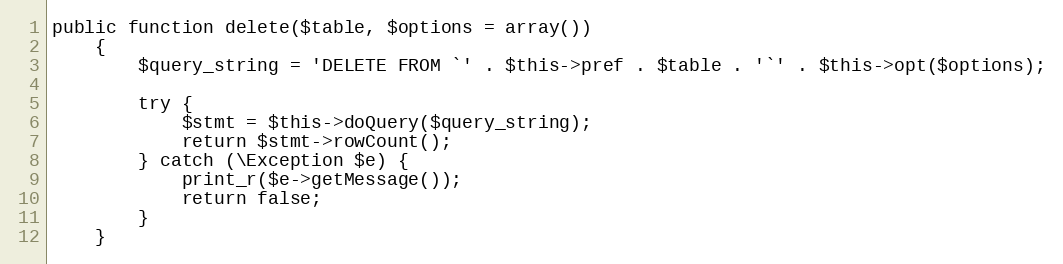
Language: PHP
public function delete($table, $options = array())
    {
        $query_string = 'DELETE FROM `' . $this->pref . $table . '`' . $this->opt($options);

        try {
            $stmt = $this->doQuery($query_string);
            return $stmt->rowCount();
        } catch (\Exception $e) {
            print_r($e->getMessage());
            return false;
        }
    }